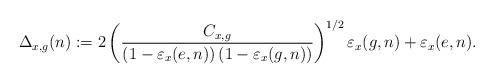
LaTeX: \begin{align*}\Delta_{x,g}(n):=2\left(\frac{C_{x,g}}{\left(1-\varepsilon_{x}(e,n)\right)\left(1-\varepsilon_{x}(g,n)\right)}\right)^{1/2}\varepsilon_{x}(g,n)+\varepsilon_{x}(e,n).\end{align*}